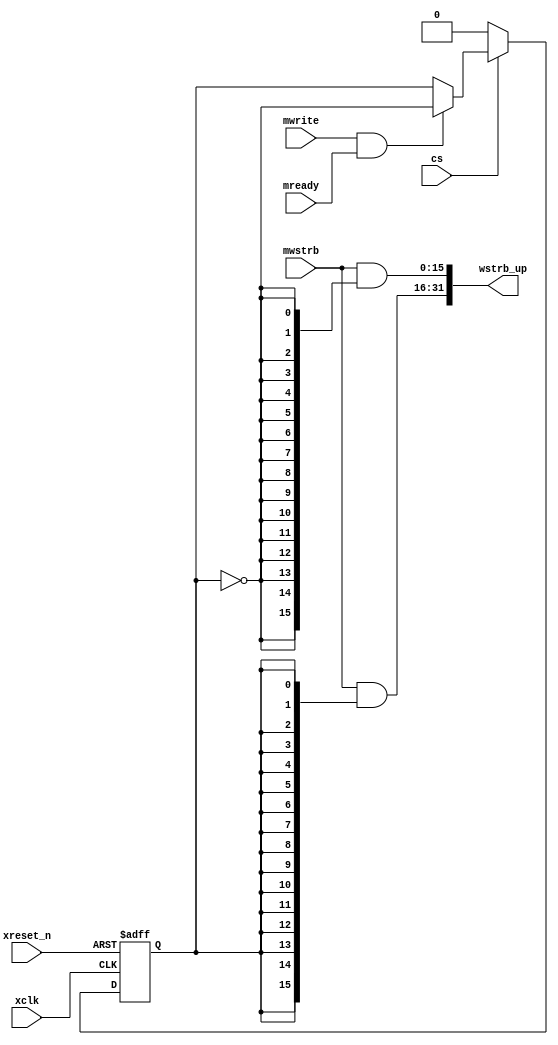
/*
Project:
Team:
Module Name: xConverter_upsize
$RCSfile$
$Author$
$Date$
$Name$
$Revision$
$State$
Hierarchy: 
    ----> xConverter_upsize(xConverter_upsize.v)
	       |
	       |----> 
	       |
	       |---->
	       |
	       |---->
	       |
	       |---->
	       |
	       |---->
*/
module xConverter_upsize
( 
  xclk, 
  xreset_n, 
  cs, 
  mready, 
  mwrite, 
  mwstrb, 
  wstrb_up
);
  parameter DWS = 128;
  parameter DWD = 256; 
  localparam DSTRB = DWS/8; 
  localparam DSTRBD = DWD/8;

  input xclk; 
  input xreset_n; 
  input cs;
  input mready; 
  input mwrite; 
  input [DSTRB-1:0] mwstrb; 
  output [DSTRBD-1:0] wstrb_up;
generate 
case(DWD/DWS) 
1:begin
assign wstrb_up = mwstrb;
end //1
2:begin
    reg tok;
    wire tik;
    assign tik = ~tok;
    always @(posedge xclk or negedge xreset_n)
        if(~xreset_n) begin
    	    tok <= 1'b0;
        end
        else begin
			if(~cs)
				tok <= 1'b0;
    	    else if(mwrite & mready) begin
    		    tok <= tik;
    		end
        end
    assign wstrb_up[DSTRB-1:0]=mwstrb & {DSTRB{tik}};
    assign wstrb_up[DSTRBD-1:DSTRB]=mwstrb & {DSTRB{tok}};
end
4:begin
    reg [1:0] nm_sel;
    wire [1:0] nm_sel_inc;
    assign nm_sel_inc = nm_sel+2'b1;
	wire nm_sel0;
	wire nm_sel1;
	wire nm_sel2;
	wire nm_sel3;
	wire nm_sel_b0;
	wire nm_sel_b1;
	wire nm_sel_b0_n;
	wire nm_sel_b1_n;
	assign nm_sel_b0 = nm_sel[0];
	assign nm_sel_b1 = nm_sel[1];
	assign nm_sel_b0_n = ~nm_sel[0];
	assign nm_sel_b1_n = ~nm_sel[1];
	assign nm_sel0 = nm_sel_b1_n & nm_sel_b0_n;
	assign nm_sel1 = nm_sel_b1_n & nm_sel_b0;
	assign nm_sel2 = nm_sel_b1 & nm_sel_b0_n;
	assign nm_sel3 = nm_sel_b1 & nm_sel_b0;
    always @(posedge xclk or negedge xreset_n)
        if(~xreset_n) begin
    	    nm_sel <= 2'b0;
        end
        else begin
			if(~cs)
    	    	nm_sel <= 2'b0;
    	    else if(mwrite & mready) begin
    		    nm_sel <= nm_sel_inc;
    		end
        end
    assign wstrb_up[DSTRB-1:0]=mwstrb & {DSTRB{nm_sel0}};
    assign wstrb_up[DSTRB*2-1:DSTRB]=mwstrb & {DSTRB{nm_sel1}};
    assign wstrb_up[DSTRB*3-1:DSTRB*2]=mwstrb & {DSTRB{nm_sel2}};
    assign wstrb_up[DSTRB*4-1:DSTRB*3]=mwstrb & {DSTRB{nm_sel3}};
end //2
default:;
endcase
endgenerate


endmodule